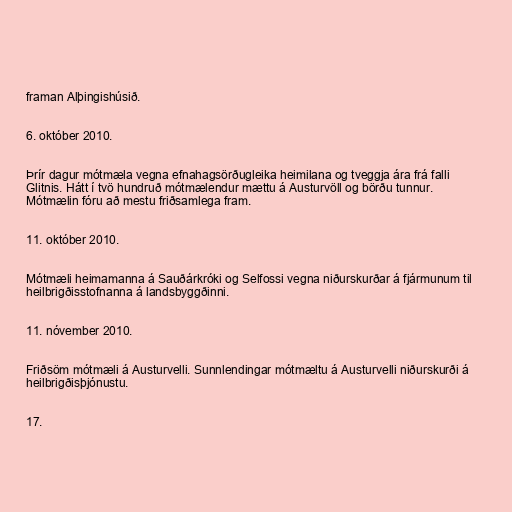
framan Alþingishúsið.

6. október 2010.

Þrír dagur mótmæla vegna efnahagsörðugleika heimilana og tveggja ára frá falli
Glitnis. Hátt í tvö hundruð mótmælendur mættu á Austurvöll og börðu tunnur.
Mótmælin fóru að mestu friðsamlega fram.

11. október 2010.

Mótmæli heimamanna á Sauðárkróki og Selfossi vegna niðurskurðar á fjármunum til
heilbrigðisstofnanna á landsbyggðinni.

11. nóvember 2010.

Friðsöm mótmæli á Austurvelli. Sunnlendingar mótmæltu á Austurvelli niðurskurði á
heilbrigðisþjónustu.

17.